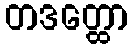
တဒတ္ထော